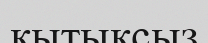
қытықсыз